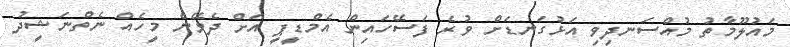
މައުލޫމާތު މުއްސަނދިވި އަޅުގަނޑަށް ވުރެ ފަސޭހައިން އެމްޑީޕީ އަށް ދެވޭނެ މީހެއް ނެތްނަޝީދު